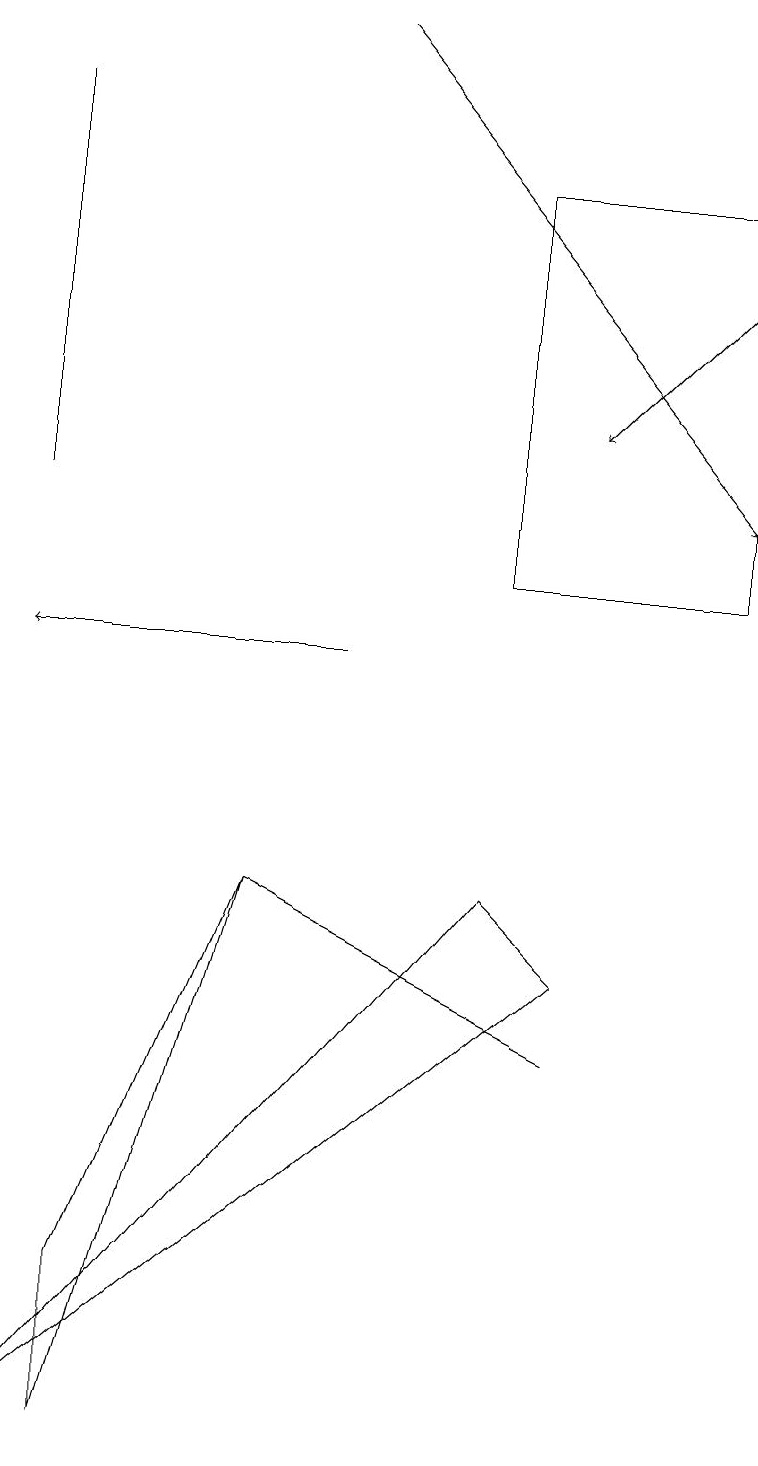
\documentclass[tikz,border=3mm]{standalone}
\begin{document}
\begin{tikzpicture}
\draw[->] (9,15) -- (7,13);
\draw (7,6) -- (6,7) -- (0,0) -- cycle;
\draw (3,7) -- (3,7) -- (7,5) -- cycle;
\draw (9,11) rectangle (6,16);
\draw (0,12) rectangle (0,17);
\draw (3,7) -- (1,2) -- (1,0) -- cycle;
\draw[->] (4,18) -- (9,12);
\draw[->] (4,10) -- (0,10);
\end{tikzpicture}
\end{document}